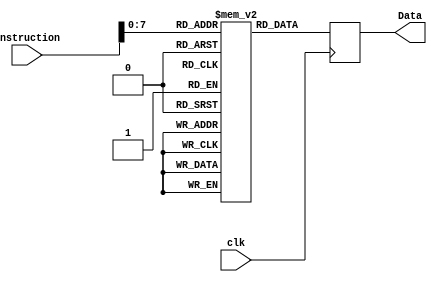
`timescale 1ns / 1ps
//////////////////////////////////////////////////////////////////////////////////
// Company: 
// Engineer: 
// Design Name: 
// Module Name:    Instruction_Memory 
// Project Name:
// Description:
//////////////////////////////////////////////////////////////////////////////////
module Instruction_Memory(
	input clk,
	input [31:0] instruction,
	output reg [31:0] Data
    );
	 
	 //reg [7:0] memory [255:0]; //for byte addressable
	 reg [31:0] memory [255:0]; //for word addressable
	 //and we would need to initialize each memory index as one 16'b word
	 initial begin
	    memory[0] = 32'h813002;    //r3 = r1+r2  testing forwarding
		memory[1] = 32'h834001;    //r4 = r3+r1
		memory[2] = 32'h834001;    //r4 = r3+r1
		memory[3] = 32'h834001;    //r4 = r3+r1
		memory[4] = 32'h834001;    //r4 = r3+r1
		memory[5] = 32'h834001;    //r4 = r3+r1

	  /* memory[0] = 32'h07000000;  //store r0 to 0x0000  testing load/store
		memory[1] = 32'h00801003;   //some add func
		memory[2] = 32'h00801003;
		memory[3] = 32'h00801003; 
		memory[4] = 32'h00801003;
		memory[5] = 32'h51F1000;    //loading previously stored reg
		memory[6] = 32'h51F0000;
		memory[7] = 32'h71F0000;
		memory[8] = 32'h7100000;
		memory[8] = 32'h7100009;*/
		/*memory[0] = 32'h00801002; //r1 = r0+r2  testing branch 
		memory[1] = 32'h00801003; //r1 = r0+r3
		memory[2] = 32'hEAFFFFFD; //unconditional branch to pc - 3
		memory[3] = 32'h00401003; //r1 = r0-r3
		memory[4] = 32'h51A6003;
		memory[5] = 32'h50A6003;*/
	 end
	 
	 always @ (posedge clk)
		Data <= memory[instruction];
		//Data <= {memory[instruction], memory[instruction + 1], memory[instruction + 2], memory[instruction + 3]};


endmodule